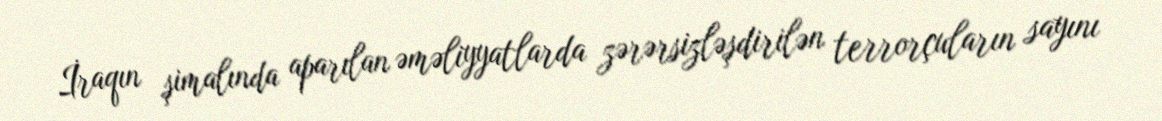
İraqın şimalında aparılan əməliyyatlarda zərərsizləşdirilən terrorçuların sayını